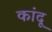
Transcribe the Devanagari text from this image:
कांदू